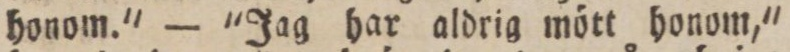
honom.' — 'Jag har aldrig mött honom,'